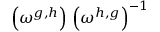
\left( \omega ^ { g , h } \right) \, \left( \omega ^ { h , g } \right) ^ { - 1 }